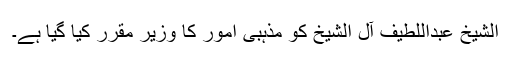
الشیخ عبداللطیف آل الشیخ کو مذہبی امور کا وزیر مقرر کیا گیا ہے۔